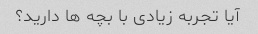
آیا تجربه زیادی با بچه ها دارید؟